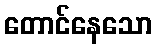
တောင်နေသော